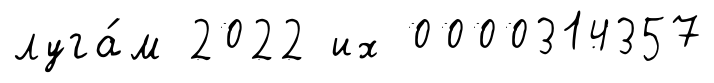
луга́м 2022 их 0000314357